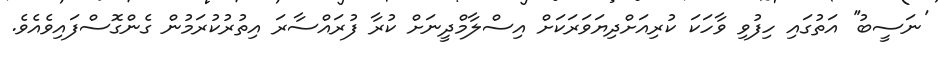
'ނަސީބު'' އަތުގައި ހިފުވި ވާހަކަ ކުރިއަށްދިޔަވަރަކަށް އިސްލާމްދީނަށް ކުރާ ފުރައްސާރަ އިތުރުކުރަމުން ގެންގޮސްފައިވެއެވެ.